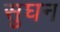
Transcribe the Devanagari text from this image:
सुघन